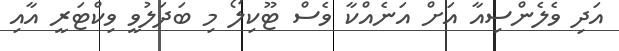
އަދި ވެލެންސިއާ އަށް އަނެއްކާ ވެސް ޓޫކިލޯ މި ބަދަލުވީ ވިކްޓަރީ އާއި